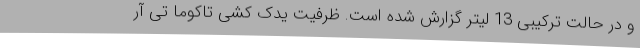
و در حالت ترکیبی 13 لیتر گزارش شده است. ظرفیت یدک کشی تاکوما تی آر